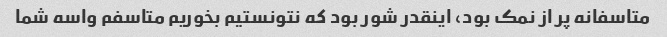
متاسفانه پر از نمک بود، اینقدر شور بود که نتونستیم بخوریم متاسفم واسه شما